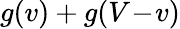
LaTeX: g(v)+g(V\! -\! v)